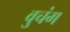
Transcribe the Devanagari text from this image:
वुचंग